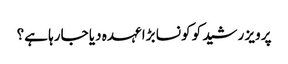
پرویز رشید کو کونسا بڑا عہدہ دیا جارہا ہے؟